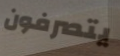
يتصرفون